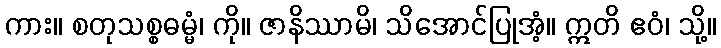
ကား။ စတုသစ္စဓမ္မံ၊ ကို။ ဇာနိဿာမိ၊ သိအောင်ပြုအံ့။ ဣတိ ဧဝံ၊ သို့။